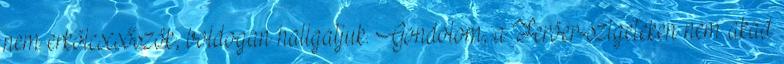
nem erkölcscsőszök, boldogan hallgatjuk. Gondolom, a Feröer-szigeteken nem akad